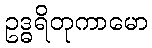
ဥဒ္ဓရိတုကာမော